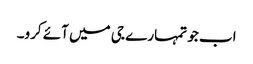
اب جو تمہارے جی میں آئے کرو۔